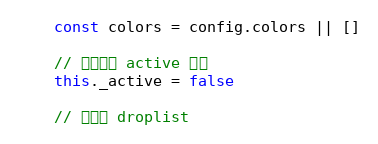
Language: JavaScript
    const colors = config.colors || []

    // 当前是否 active 状态
    this._active = false

    // 初始化 droplist